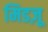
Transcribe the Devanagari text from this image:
मिडज़ू